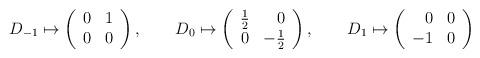
LaTeX: \begin{align*}D_{-1} \mapsto\left( \begin{array}{rr} 0 & 1 \\ 0 & 0 \end{array} \right),\qquad D_0 \mapsto\left( \begin{array}{rr} {\textstyle \frac12 } & 0 \\0 & -{\textstyle \frac12 } \end{array} \right),\qquad D_1 \mapsto\left( \begin{array}{rr} 0 & 0 \\ -1 & 0 \end{array} \right)\end{align*}